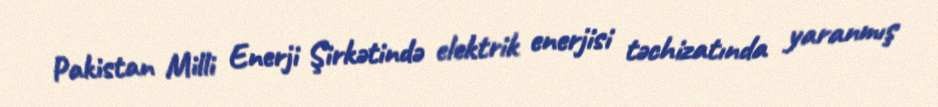
Pakistan Milli Enerji Şirkətində elektrik enerjisi təchizatında yaranmış